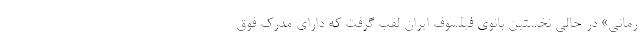
رمانی» در حالی نخستین بانوی فیلسوف ایران لقب گرفت که دارای مدرک فوق